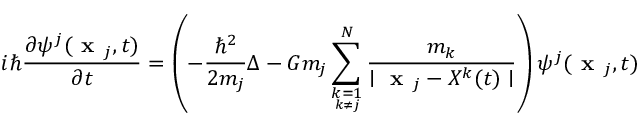
i \hbar \frac { \partial \psi ^ { j } ( \textbf { x } _ { j } , t ) } { \partial t } = \left( - \frac { \hbar ^ { 2 } } { 2 m _ { j } } \Delta - G m _ { j } \sum _ { \underset { k \neq j } { k = 1 } } ^ { N } \frac { m _ { k } } { \mid \textbf { x } _ { j } - X ^ { k } ( t ) \mid } \right) \psi ^ { j } ( \textbf { x } _ { j } , t )